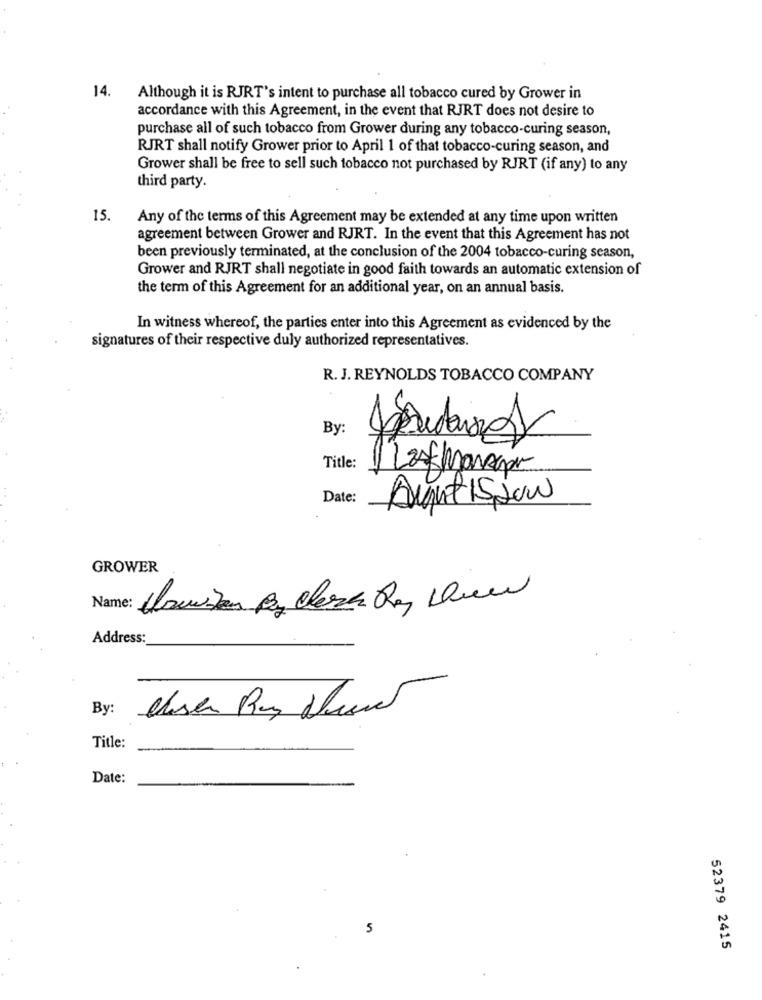
14.
Although it is RJRT's intent to purchase all tobacco cured by Grower in
accordance with this Agreement, in the event that RJRT does not desire to
purchase all of such tobacco from Grower during any tobacco-curing season,
RJRT shall notify Grower prior to April 1 of that tobacco-curing season, and
Grower shall be free to sell such tobacco not purchased by RJRT (if any) to any
third party.
15.
Any of the terms of this Agreement may be extended at any time upon written
agreement between Grower and RJRT. In the event that this Agreement has not
been previously terminated, at the conclusion of the 2004 tobacco-curing season,
Grower and RJRT shall negotiate in good faith towards an automatic extension of
the term of this Agreement for an additional year, on an annual basis.
In witness whereof, the parties enter into this Agreement as evidenced by the
signatures of their respective duly authorized representatives.
R. J. REYNOLDS TOBACCO COMPANY
By:
Title:
Date:
Aunt is,200
GROWER
Name: Uswden Bez Clara Rus Duw
Address:
By:
Title:
Date:
5
52379 2415